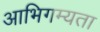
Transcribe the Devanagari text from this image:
आभिगम्यता